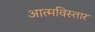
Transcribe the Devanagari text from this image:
आत्मविस्तार